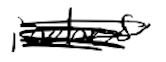
Text: inches
Cross-out: scratch
Writing tool: digital_black